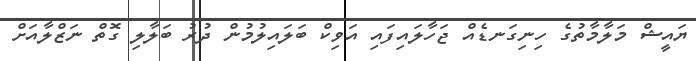
ޔައީޝް މަލާމާތުގެ ހިނިގަނޑެއް ޖަހާލައިފައި އަވިކް ބަލައިލުމުން ދުރު ބަލާލި ގޮތް ނަޒްލާއަށް